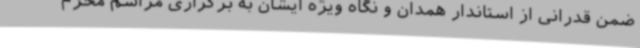
ضمن قدرانی از استاندار همدان و نگاه ویژه‌ ایشان به برگزاری مراسم محرم